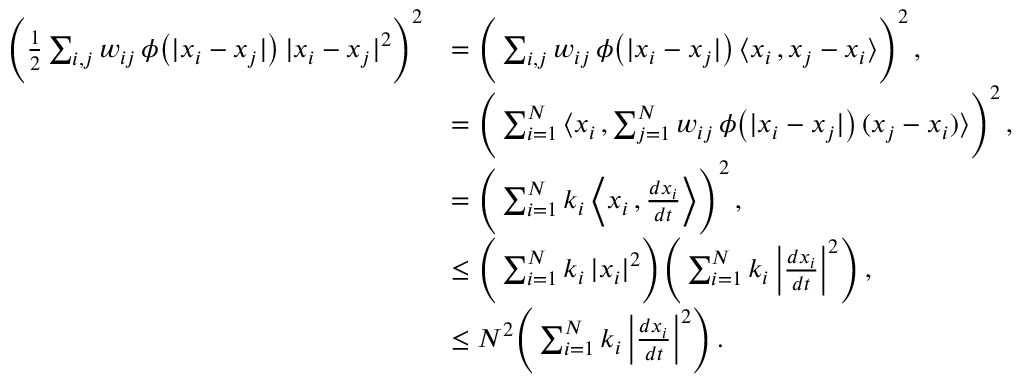
\begin{array} { r l } { \Bigg ( \frac { 1 } { 2 } \sum _ { i , j } w _ { i j } \, \phi \big ( | x _ { i } - x _ { j } | \big ) \, | x _ { i } - x _ { j } | ^ { 2 } \Bigg ) ^ { 2 } } & { = \Bigg ( \sum _ { i , j } w _ { i j } \, \phi \big ( | x _ { i } - x _ { j } | \big ) \, \langle x _ { i } \, , x _ { j } - x _ { i } \rangle \Bigg ) ^ { 2 } \, , } \\ & { = \Bigg ( \sum _ { i = 1 } ^ { N } \big \langle x _ { i } \, , \sum _ { j = 1 } ^ { N } w _ { i j } \, \phi \big ( | x _ { i } - x _ { j } | \big ) \, ( x _ { j } - x _ { i } ) \big \rangle \Bigg ) ^ { 2 } \, , } \\ & { = \Bigg ( \sum _ { i = 1 } ^ { N } k _ { i } \, \Big \langle x _ { i } \, , \frac { d x _ { i } } { d t } \Big \rangle \Bigg ) ^ { 2 } \, , } \\ & { \leq \Bigg ( \sum _ { i = 1 } ^ { N } k _ { i } \, | x _ { i } | ^ { 2 } \Bigg ) \Bigg ( \sum _ { i = 1 } ^ { N } k _ { i } \, \Big | \frac { d x _ { i } } { d t } \Big | ^ { 2 } \Bigg ) \, , } \\ & { \leq N ^ { 2 } \Bigg ( \sum _ { i = 1 } ^ { N } k _ { i } \, \Big | \frac { d x _ { i } } { d t } \Big | ^ { 2 } \Bigg ) \, . } \end{array}